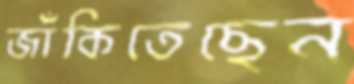
জাঁকিতেছেন